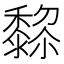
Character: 𱋵